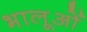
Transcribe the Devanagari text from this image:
भालूओंं